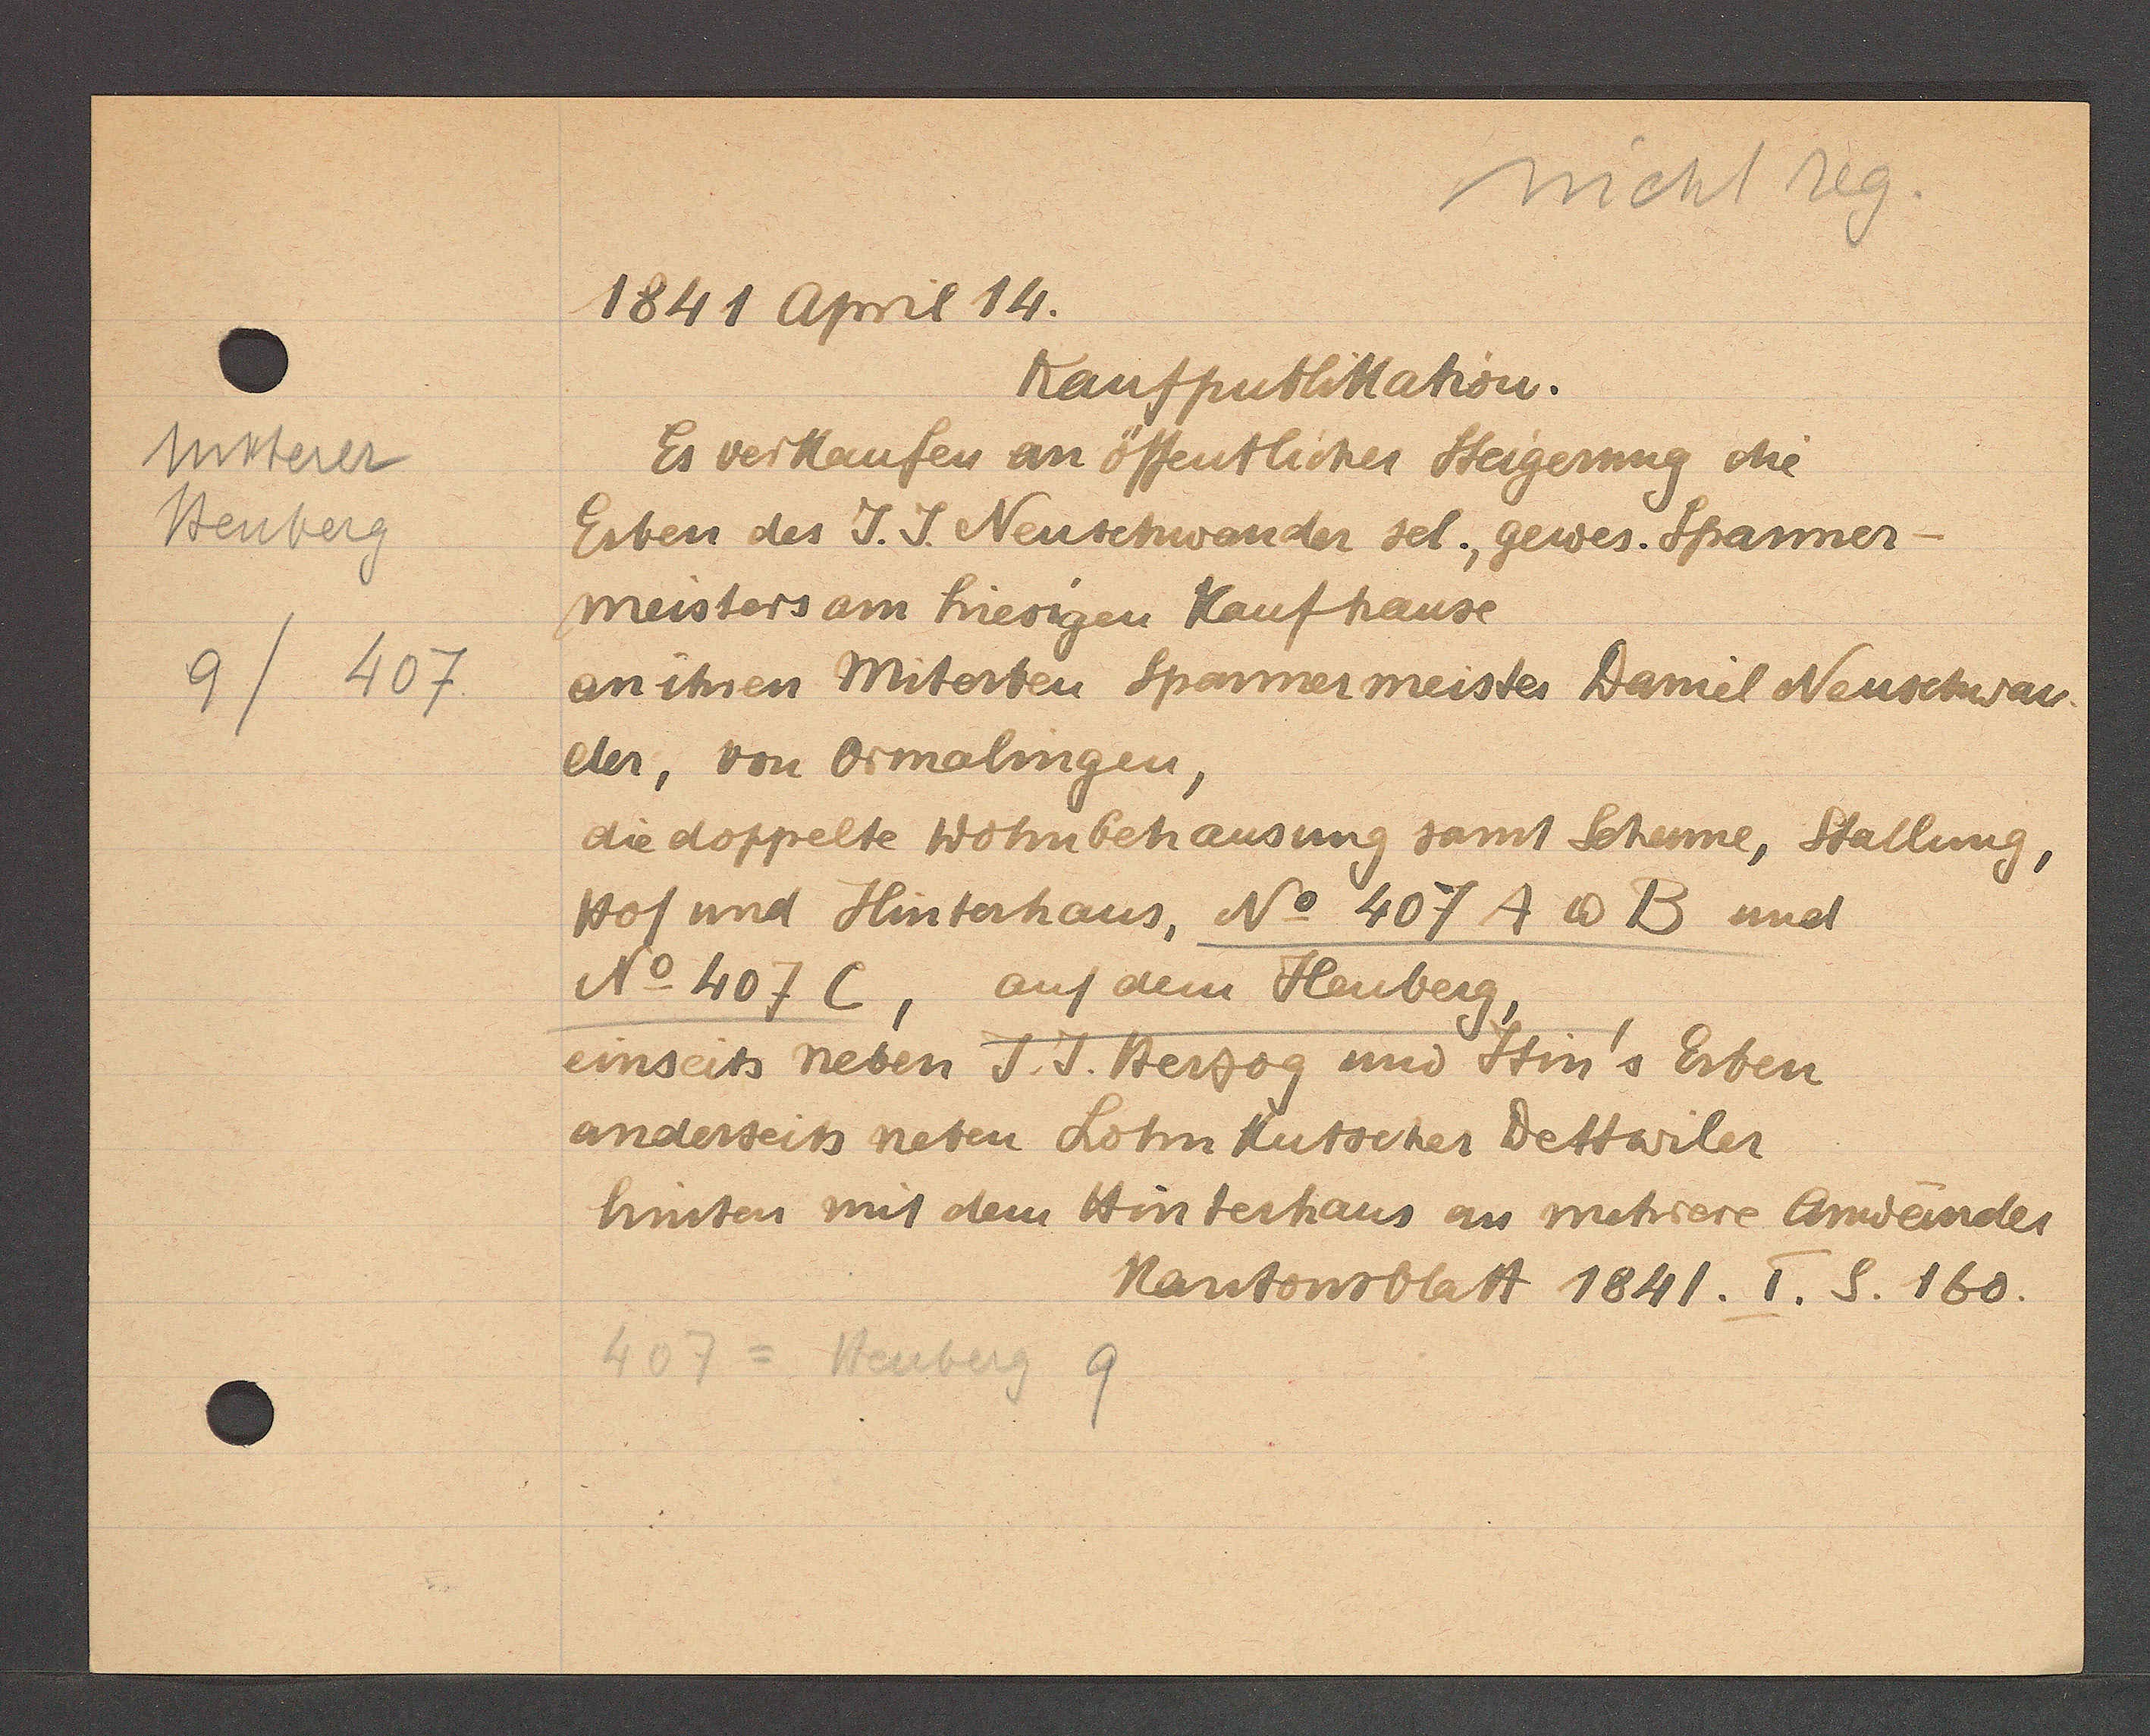
Transcript:
Unterer
Heuberg
9/407

1841 April 14.

Kaufpublikation.
Es verkaufen an öffentlicher Steigerung die
Erben des J. J. Neuschwander sel., gewes. Sparner¬
meisters am hiesigen Kaufhause
an ihren Miterben Sparnermeister Daniel Neuschwan¬
der, von Ormalingen,
die doppelte Wohnbehausung samt Scheune, Stallung,
Hof und Hinterhaus, No 407 A & B und
No 407 C, auf dem Heuberg,
einseits neben J. J. Herzog und Stin's Erben
anderseits neben Lohnkutscher Dettwiler
hinten mit dem Hinterhaus an mehrere Anwender

407 = Heuberg 9

Kantonsblatt 1841. I. S. 160.